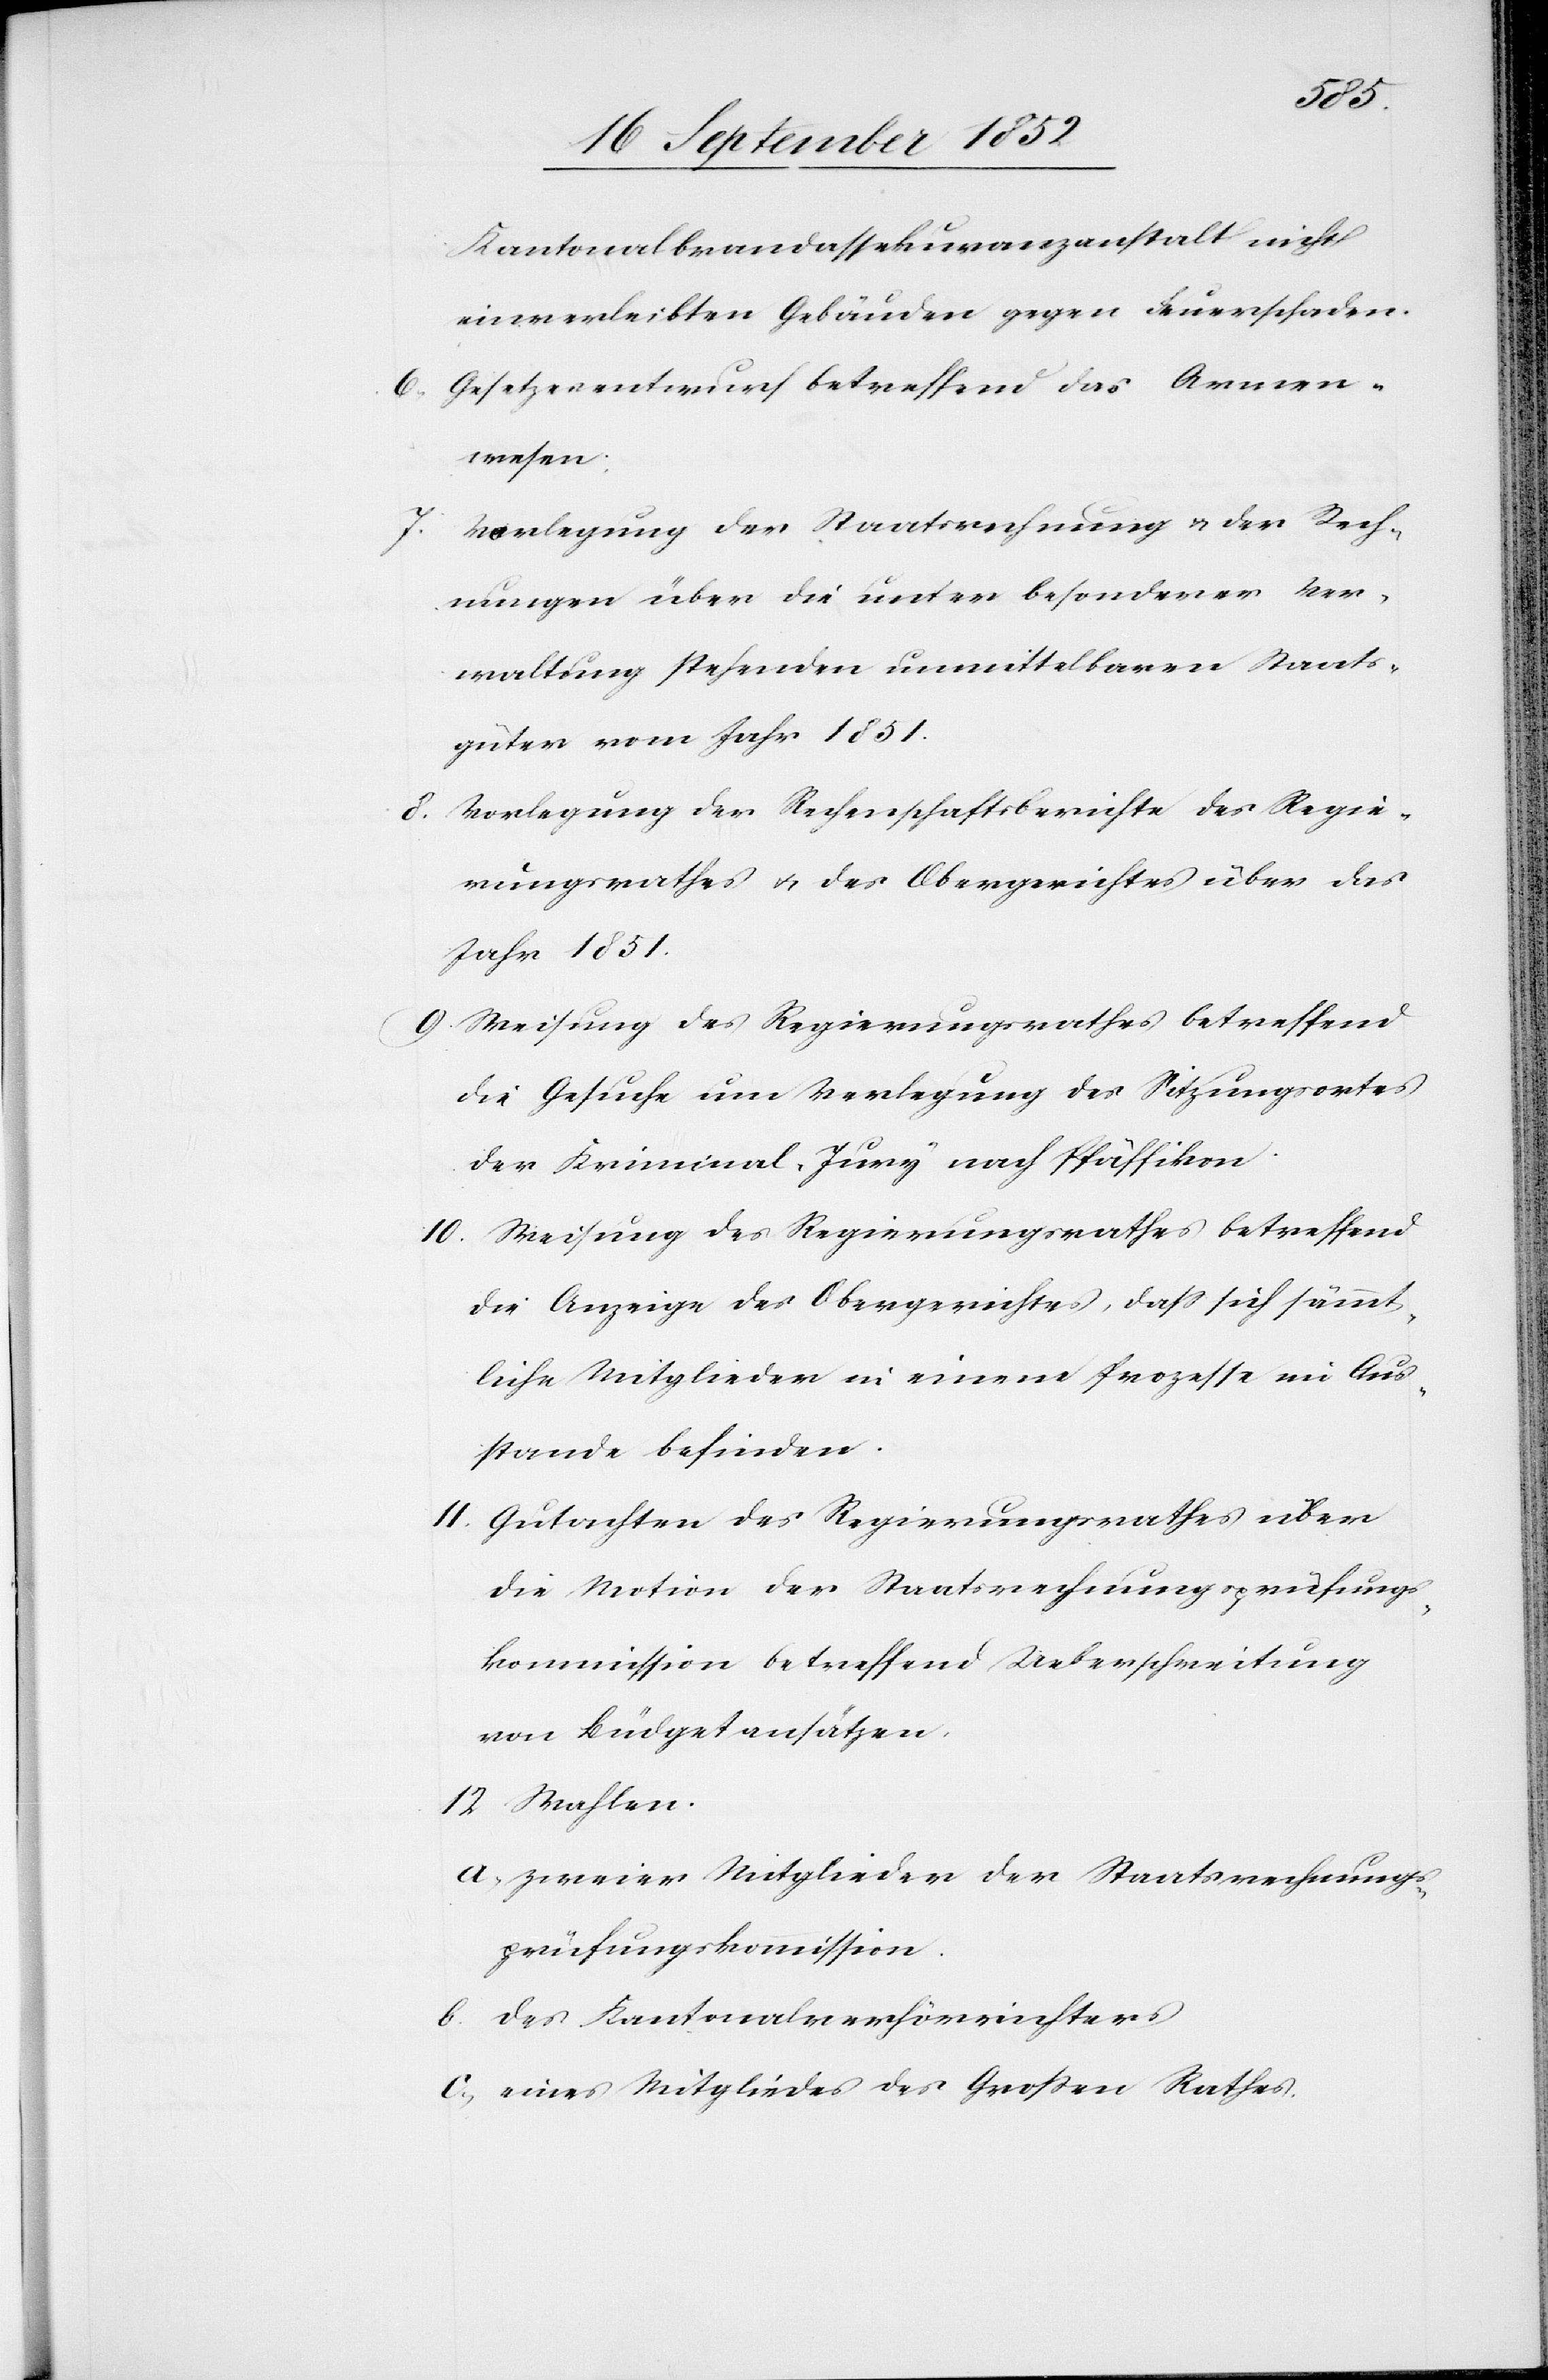
Wahlen.
Kantonalbrandassekuranzanstalt nicht
einverleibten Gebäuden gegen Feuerschaden.
Gesetzesentwurf betreffend das Armen¬
wesen.
Vorlegung der Staatsrechnung & der Rech¬
7.
nungen über die unter besonderer Ver¬
waltung stehenden unmittelbaren Staats¬
güter vom Jahr 1851.
Vorlegung der Rechenschaftsberichte des Regie¬
rungsrathes & des Obergerichtes über das
Jahr 1851.
Weisung des Regierungsrathes betreffend
die Gesuche um Verlegung des Sitzungsortes
der Kriminal-Jury nach Pfäffikon.
die Anzeige des Obergerichtes, dass sich sämmt¬
liche Mitglieder in einem Prozesse im Aus¬
stande befinden.
Gutachten des Regierungsrathes über
die Motion der Staatsrechnungsprüfungs¬
kommission betreffend Ueberschreitung
von Büdgetansätzen.
a, zweier Mitglieder der Staatsrechnungs¬
prüfungskommission.
b. des Kantonalverhörrichters
c, eines Mitgliedes des Großen Rathes.